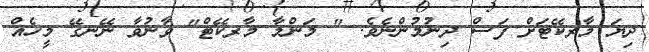
ދިޔަ މާރކޭޓަށް ފަސް ދިނުމުންނެވެ. " މަންމާ މާރކޭޓް" ވާނުވާ ނޭނގޭ މީހެއް